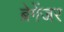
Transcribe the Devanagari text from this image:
ब्रेगेंजर